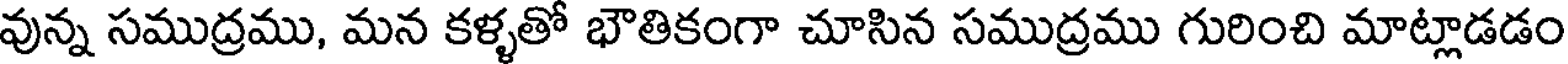
వున్న సముద్రము, మన కళ్ళతో భౌతికంగా చూసిన సముద్రము గురించి మాట్లాడడం